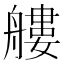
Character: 艛